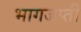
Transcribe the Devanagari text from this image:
भागजप्ती